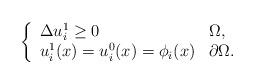
LaTeX: \begin{align*} \left \{ \begin{array}{ll} \Delta u_{i}^{1}\ge 0 & \Omega,\\ u_{i}^{1}(x) =u_{i}^{0}(x)= \phi_{i}(x) & \partial \Omega.\\ \end{array} \right. \end{align*}